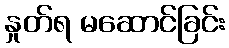
နှုတ်ရ မဆောင်ခြင်း